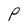
Character: P